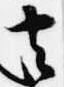
去